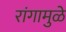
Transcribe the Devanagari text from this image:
रांगामुळे